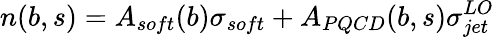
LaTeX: n(b,s)=A_{soft}(b)\sigma_{soft}+A_{PQCD}(b,s)\sigma_{jet}^{LO}